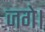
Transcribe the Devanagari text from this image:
जगे।